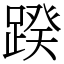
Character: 䠏